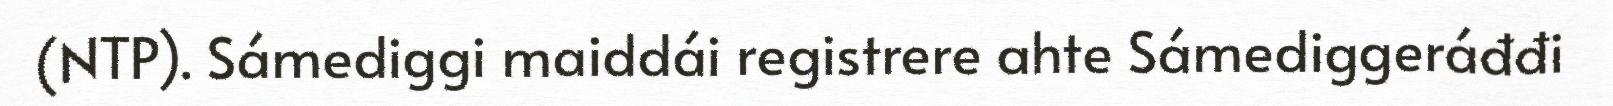
(NTP). Sámediggi maiddái registrere ahte Sámediggeráđđi